Indian journal of veterinary science and animal husbandry - Volume 13,
Year: 1943
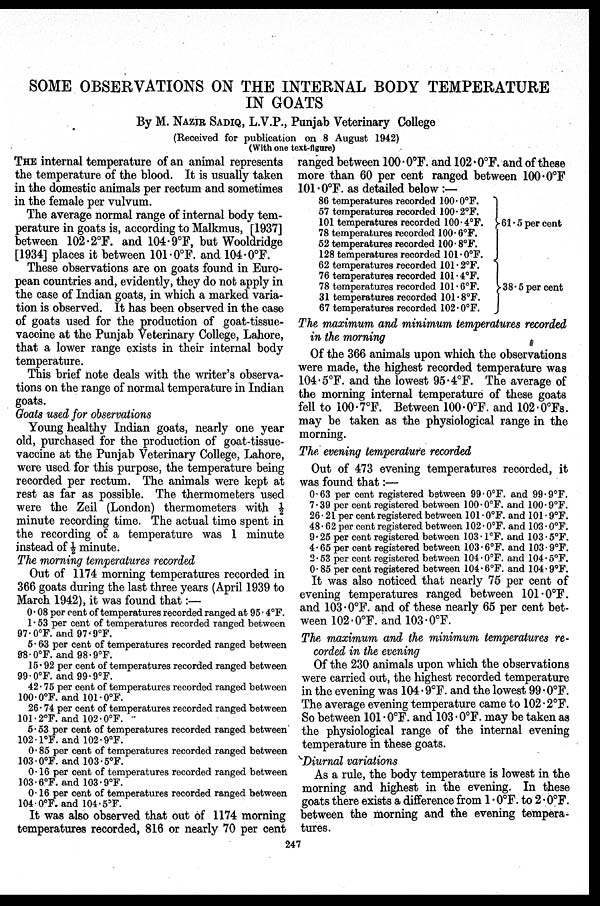
SOME OBSERVATIONS ON THE INTERNAL BODY TEMPERATURE
IN GOATS
By M. NAZIR SADIQ, L.V.P., Punjab Veterinary College
(Received for publication on 8 August 1942)
(With one text-figure)
THE internal temperature of an animal represents
the temperature of the blood. It is usually taken
in the domestic animals per rectum and sometimes
in the female per vulvum.
The average normal range of internal body tem-
perature in goats is, according to Malkmus, [1937]
between 102.2°F. and 104.9°F, but Wooldridge
[1934] places it between 101.0°F. and 104.0°F.
These observations are on goats found in Euro-
pean countries and, evidently, they do not apply in
the case of Indian goats, in which a marked varia-
tion is observed. It has been observed in the case
of goats used for the production of goat-tissue-
vaccine at the Punjab Veterinary College, Lahore,
that a lower range exists in their internal body
temperature.
This brief note deals with the writer's observa-
tions on the range of normal temperature in Indian
goats.
Goats used for observations
Young healthy Indian goats, nearly one year
old, purchased for the production of goat-tissue-
vaccine at the Punjab Veterinary College, Lahore,
were used for this purpose, the temperature being
recorded per rectum. The animals were kept at
rest as far as possible. The thermometers used
were the Zeil (London) thermometers with ½
minute recording time. The actual time spent in
the recording of a temperature was 1 minute
instead of ½ minute.
The morning temperatures recorded
Out of 1174 morning temperatures recorded in
366 goats during the last three years (April 1939 to
March 1942), it was found that:—
0.08 per cent of temperatures recorded ranged at 95.4°F.
1.53 per cent of temperatures recorded ranged between
97.0°F. and 97.9°F.
5.63 per cent of temperatures recorded ranged between
98.0°F. and 98.9°F.
15.92 per cent of temperatures recorded ranged between
99.0°F. and 99.9°F.
42.75 per cent of temperatures recorded ranged between
100.0°F. and 101.0°F.
26.74 per cent of temperatures recorded ranged between
101.2°F. and 102.0°F.
5.53 per cent of temperatures recorded ranged between
102.1°F. and 102.9°F.
0.85 per cent of temperatures recorded ranged between
103.0°F. and 103.5°F.
0.16 per cent of temperatures recorded ranged between
103.6°F. and 103.9°F.
0.16 per cent of temperatures recorded ranged between
104.0°F. and 104.5°F.
It was also observed that out of 1174 morning
temperatures recorded, 816 or nearly 70 per cent
ranged between 100.0°F. and 102.0°F. and of these
more than 60 per cent ranged between 100.0°F
101.0°F. as detailed below :—
86 temperatures recorded 100.0°F.
57 temperatures recorded 100.2°F.
101 temperatures recorded 100.4°F.
78 temperatures recorded 100.6°F.
52 temperatures recorded 100.8°F.
128 temperatures recorded 101.0°F.
62 temperatures recorded 101.2°F.
76 temperatures recorded 101.4°F.
78 temperatures recorded 101.6°F.
31 temperatures recorded 101.8°F.
67 temperatures recorded 102.0°F.
61.5 per cent
38.5 per cent
The maximum and minimum temperatures recorded
in the morning
Of the 366 animals upon which the observations
were made, the highest recorded temperature was
104.5°F. and the lowest 95.4°F. The average of
the morning internal temperature of these goats
fell to 100.7°F. Between 100.0°F. and 102.0°Fs.
may be taken as the physiological range in the
morning.
The evening temperature recorded
Out of 473 evening temperatures recorded, it
was found that:—
0.63 per cent registered between 99.0°F. and 99.9°F.
7.39 per cent registered between 100.0°F. and 100. 9°F.
26.21 per cent registered between 101.0°F. and 101.9°F.
48.62 per cent registered between 102.0°F. and 103.0°F.
9.25 per cent registered between 103.1°F. and 103.5°F.
4.65 per cent registered between 103.6°F. and 103. 9°F.
2.53 per cent registered between 104.0°F. and 104.5°F.
0.85 per cent registered between 104.6°F. and 104.9°F.
It was also noticed that nearly 75 per cent of
evening temperatures ranged between 101.0°F.
and 103.0°F. and of these nearly 65 per cent bet-
ween 102.0°F. and 103.0°F.
The, maximum and the minimum temperatures re-
corded in the evening
Of the 230 animals upon which the observations
were carried out, the highest recorded temperature
in the evening was 104.9°F. and the lowest 99.0°F.
The average evening temperature came to 102.2°F.
So between 101.0°F. and 103.0°F. may be taken as
the physiological range of the internal evening
temperature in these goats.
Diurnal variations
As a rule, the body temperature is lowest in the
morning and highest in the evening. In these
goats there exists a difference from 1.0°F. to 2.0°F.
between the morning and the evening tempera-
tures.
247